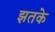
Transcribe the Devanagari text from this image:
झतके